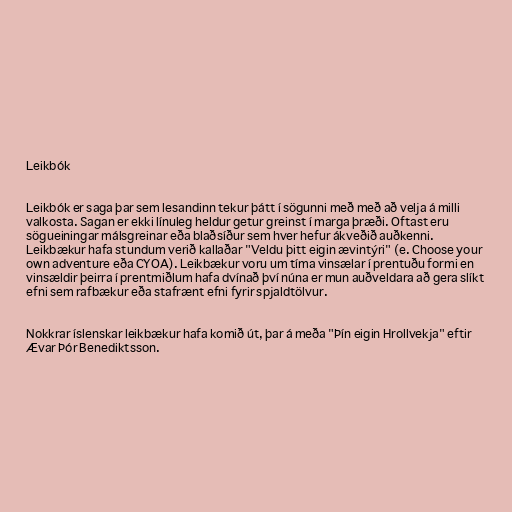
Leikbók

Leikbók er saga þar sem lesandinn tekur þátt í sögunni með með að velja á milli
valkosta. Sagan er ekki línuleg heldur getur greinst í marga þræði. Oftast eru
sögueiningar málsgreinar eða blaðsíður sem hver hefur ákveðið auðkenni.
Leikbækur hafa stundum verið kallaðar "Veldu þitt eigin ævintýri" (e. Choose your
own adventure eða CYOA). Leikbækur voru um tíma vinsælar í prentuðu formi en
vinsældir þeirra í prentmiðlum hafa dvínað því núna er mun auðveldara að gera slíkt
efni sem rafbækur eða stafrænt efni fyrir spjaldtölvur.

Nokkrar íslenskar leikbækur hafa komið út, þar á meða "Þín eigin Hrollvekja" eftir
Ævar Þór Benediktsson.